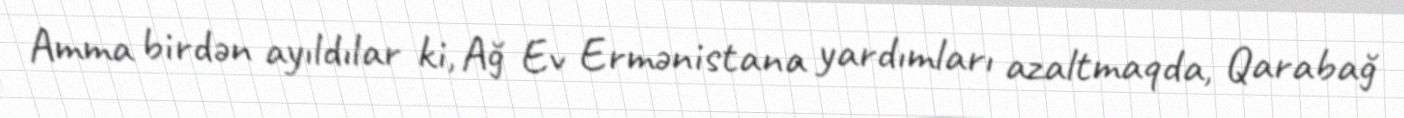
Amma birdən ayıldılar ki, Ağ Ev Ermənistana yardımları azaltmaqda, Qarabağ